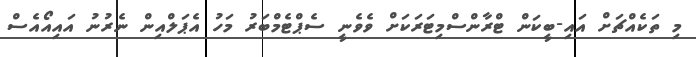
މި ތަކެއްޗަށް އައި-ބީކަން ޓްރާންސްމިޓަރަކަށް ވެވެނީ ސެޕްޓެމްބަރު މަހު އެޕަލްއިން ނެރުނު އައިއޯއެސް